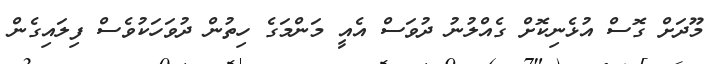
މޫދަށް ގޮސް އުޅެނިކޮށް ގެއްލުނު ދުވަސް އެއީ މަންމަގެ ހިތުން ދުވަހަކުވެސް ފިލައިގެން